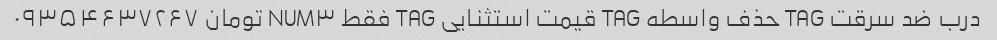
درب ضد سرقت TAG حذف واسطه TAG قیمت استثنایی TAG فقط NUM۳ تومان ۰۹۳۵۴۶۳۷۲۶۷